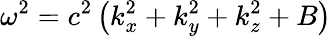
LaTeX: \omega^{2}=c^{2}\left(k_{x}^{2}+k_{y}^{2}+k_{z}^{2}+B\right)